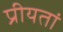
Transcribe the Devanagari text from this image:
प्रीयतां